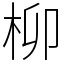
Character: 柳